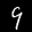
Label: 9